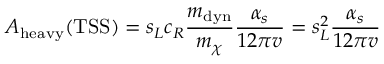
{ \cal A } _ { \mathrm { h e a v y } } ( \mathrm { T S S } ) = s _ { L } c _ { R } \frac { m _ { \mathrm { d y n } } } { m _ { \chi } } \frac { \alpha _ { s } } { 1 2 \pi v } = s _ { L } ^ { 2 } \frac { \alpha _ { s } } { 1 2 \pi v }